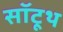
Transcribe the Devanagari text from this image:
सॉटूथ